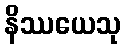
နိဿယေသု